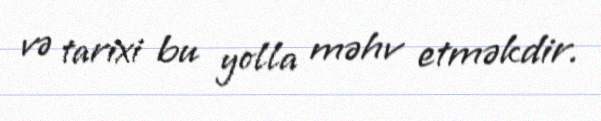
və tarixi bu yolla məhv etməkdir.